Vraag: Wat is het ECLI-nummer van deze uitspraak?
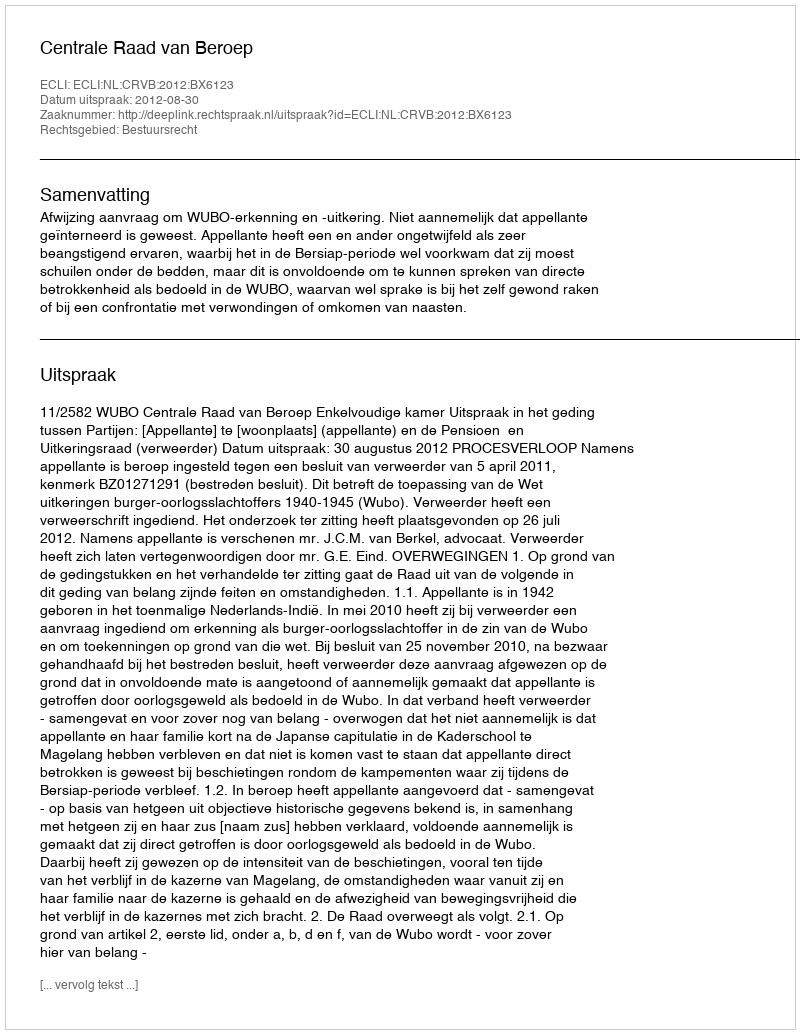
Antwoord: ECLI:NL:CRVB:2012:BX6123